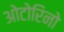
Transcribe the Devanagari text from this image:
ओटोरिनो